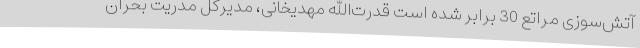
آتش‌سوزی مراتع 30 برابر شده است قدرت‌الله مهدیخانی، مدیرکل مدریت بحران